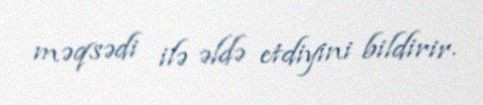
məqsədi ilə əldə etdiyini bildirir.